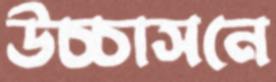
উচ্চাসনে